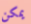
يمكن